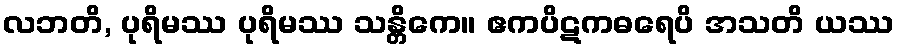
လဘတိ, ပုရိမဿ ပုရိမဿ သန္တိကေ။ ဧကပိဋကဓရေပိ အသတိ ယဿ